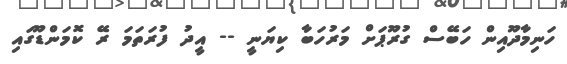
ހަނިމާދޫއިން ހަބޭސް ގުރޫޕަށް މަރުހަބާ ކިޔަނީ -- އީދު ފުރަތަމަ ރޭ ކޮމަންޑޫގައި